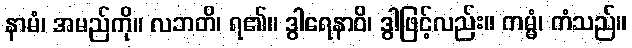
နာမံ၊ အမည်ကို။ လဘတိ၊ ရ၏။ ဒွါရေနာဝိ၊ ဒွါဖြင့်လည်း။ ကမ္မံ၊ ကံသည်။